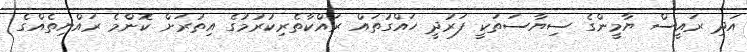
އަދި ރައީސް ޔާމީންގެ ސިޔާސަތަކީ ފަރުދީ ހައްގުތައް ރައްކާތެރިކުރުމުގެ އިތުރަށް ކޮންމެ ރައްޔިތެއްގެ